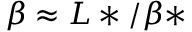
\beta \approx L * / \beta *